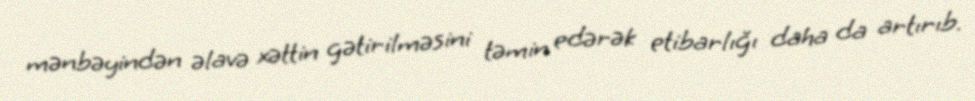
mənbəyindən əlavə xəttin gətirilməsini təmin edərək etibarlığı daha da artırıb.